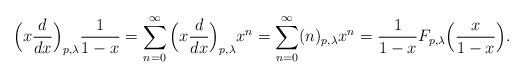
LaTeX: \begin{align*}\Big(x\frac{d}{dx}\Big)_{p,\lambda}\frac{1}{1-x}=\sum_{n=0}^{\infty}\Big(x\frac{d}{dx}\Big)_{p,\lambda}x^{n}=\sum_{n=0}^{\infty}(n)_{p,\lambda}x^{n}=\frac{1}{1-x}F_{p,\lambda}\Big(\frac{x}{1-x}\Big).\end{align*}